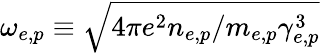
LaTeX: \omega_{e,p}\equiv\sqrt{4\pi e^{2}n_{e,p}/m_{e,p}\gamma_{e,p}^{3}}